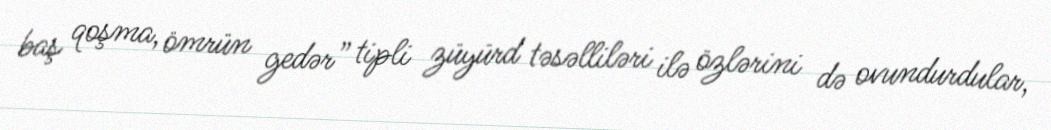
baş qoşma, ömrün gedər” tipli züyürd təsəlliləri ilə özlərini də ovundurdular,